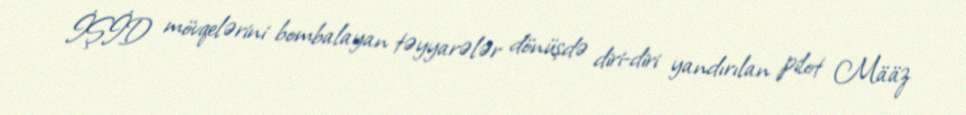
İŞİD mövqelərini bombalayan təyyarələr dönüşdə diri-diri yandırılan pilot Määz